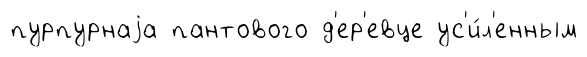
пурпурнаjа пантового д'ер'евце ус'и́л'енным